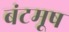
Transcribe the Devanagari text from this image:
बंटमूष